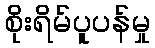
စိုးရိမ်ပူပန်မှု